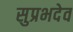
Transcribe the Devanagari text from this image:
सुप्रभदेव